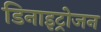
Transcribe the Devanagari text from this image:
डिनाइट्रोजन